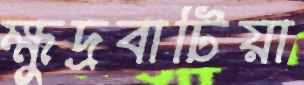
ক্ষুদ্রবাটিয়া